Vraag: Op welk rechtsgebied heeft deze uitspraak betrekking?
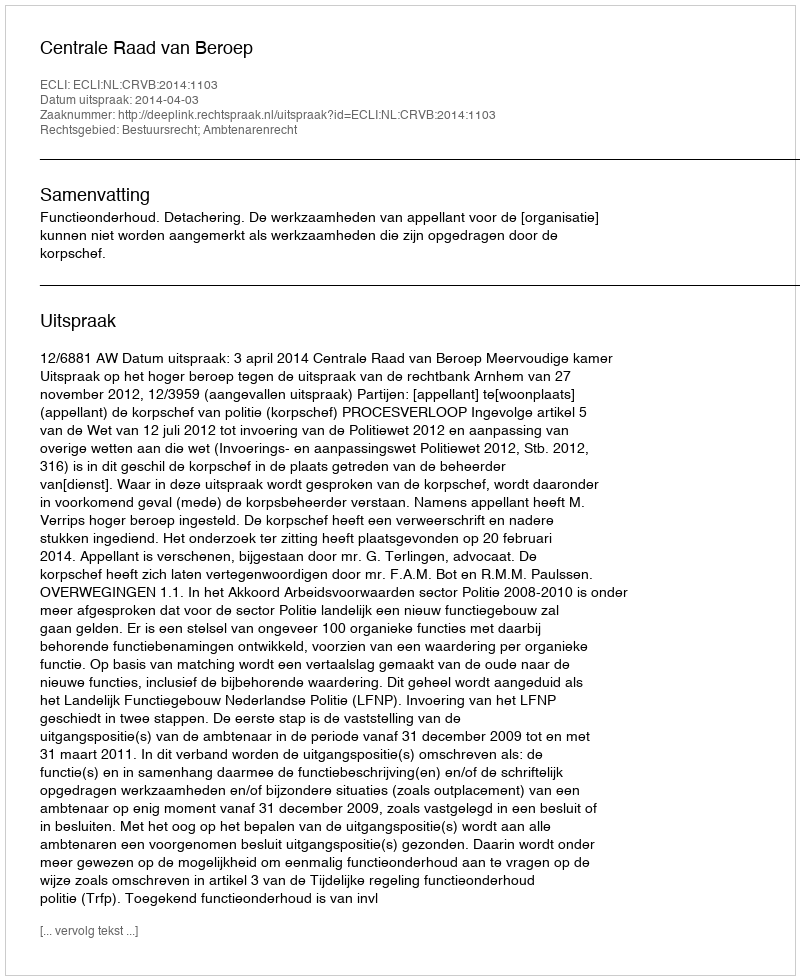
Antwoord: Bestuursrecht; Ambtenarenrecht